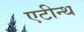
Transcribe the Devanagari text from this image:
एटीन्थ